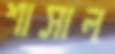
শাসাল